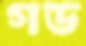
গড